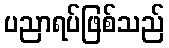
ပညာရပ်ဖြစ်သည်